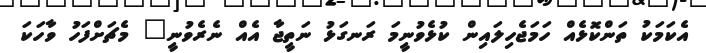
އެކަމަކު ތަންކޮޅެއް ހަމަޖެހިލައިން ކުޅެވުނީމަ ރަނގަޅު ނަތީޖާ އެއް ނެރެވުނީ" މެޗަށްފަހު ވާހަކަ